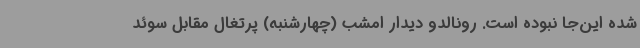
شده این‌جا نبوده است. رونالدو دیدار امشب (چهارشنبه) پرتغال مقابل سوئد